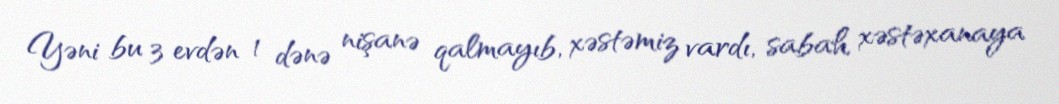
Yəni bu 3 evdən 1 dənə nişanə qalmayıb, xəstəmiz vardı, sabah xəstəxanaya